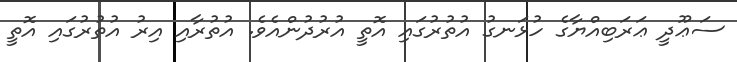
ސަޢޫދީ ޢަރަބިއްޔާގެ ހުޅަނގު އުތުރުގައި އޮތީ އުރުދުންއެވެ. އުތުރާއި އިރު އުތުރުގައި އޮތީ